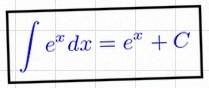
\int e^x dx=e^x+C